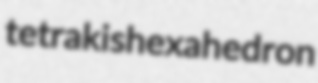
tetrakishexahedron